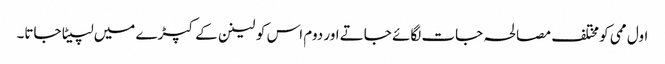
اول ممی کو مختلف مصالحہ جات لگائے جاتے اور دوم اس کو لینن کے کپڑے میں لپیٹا جاتا۔